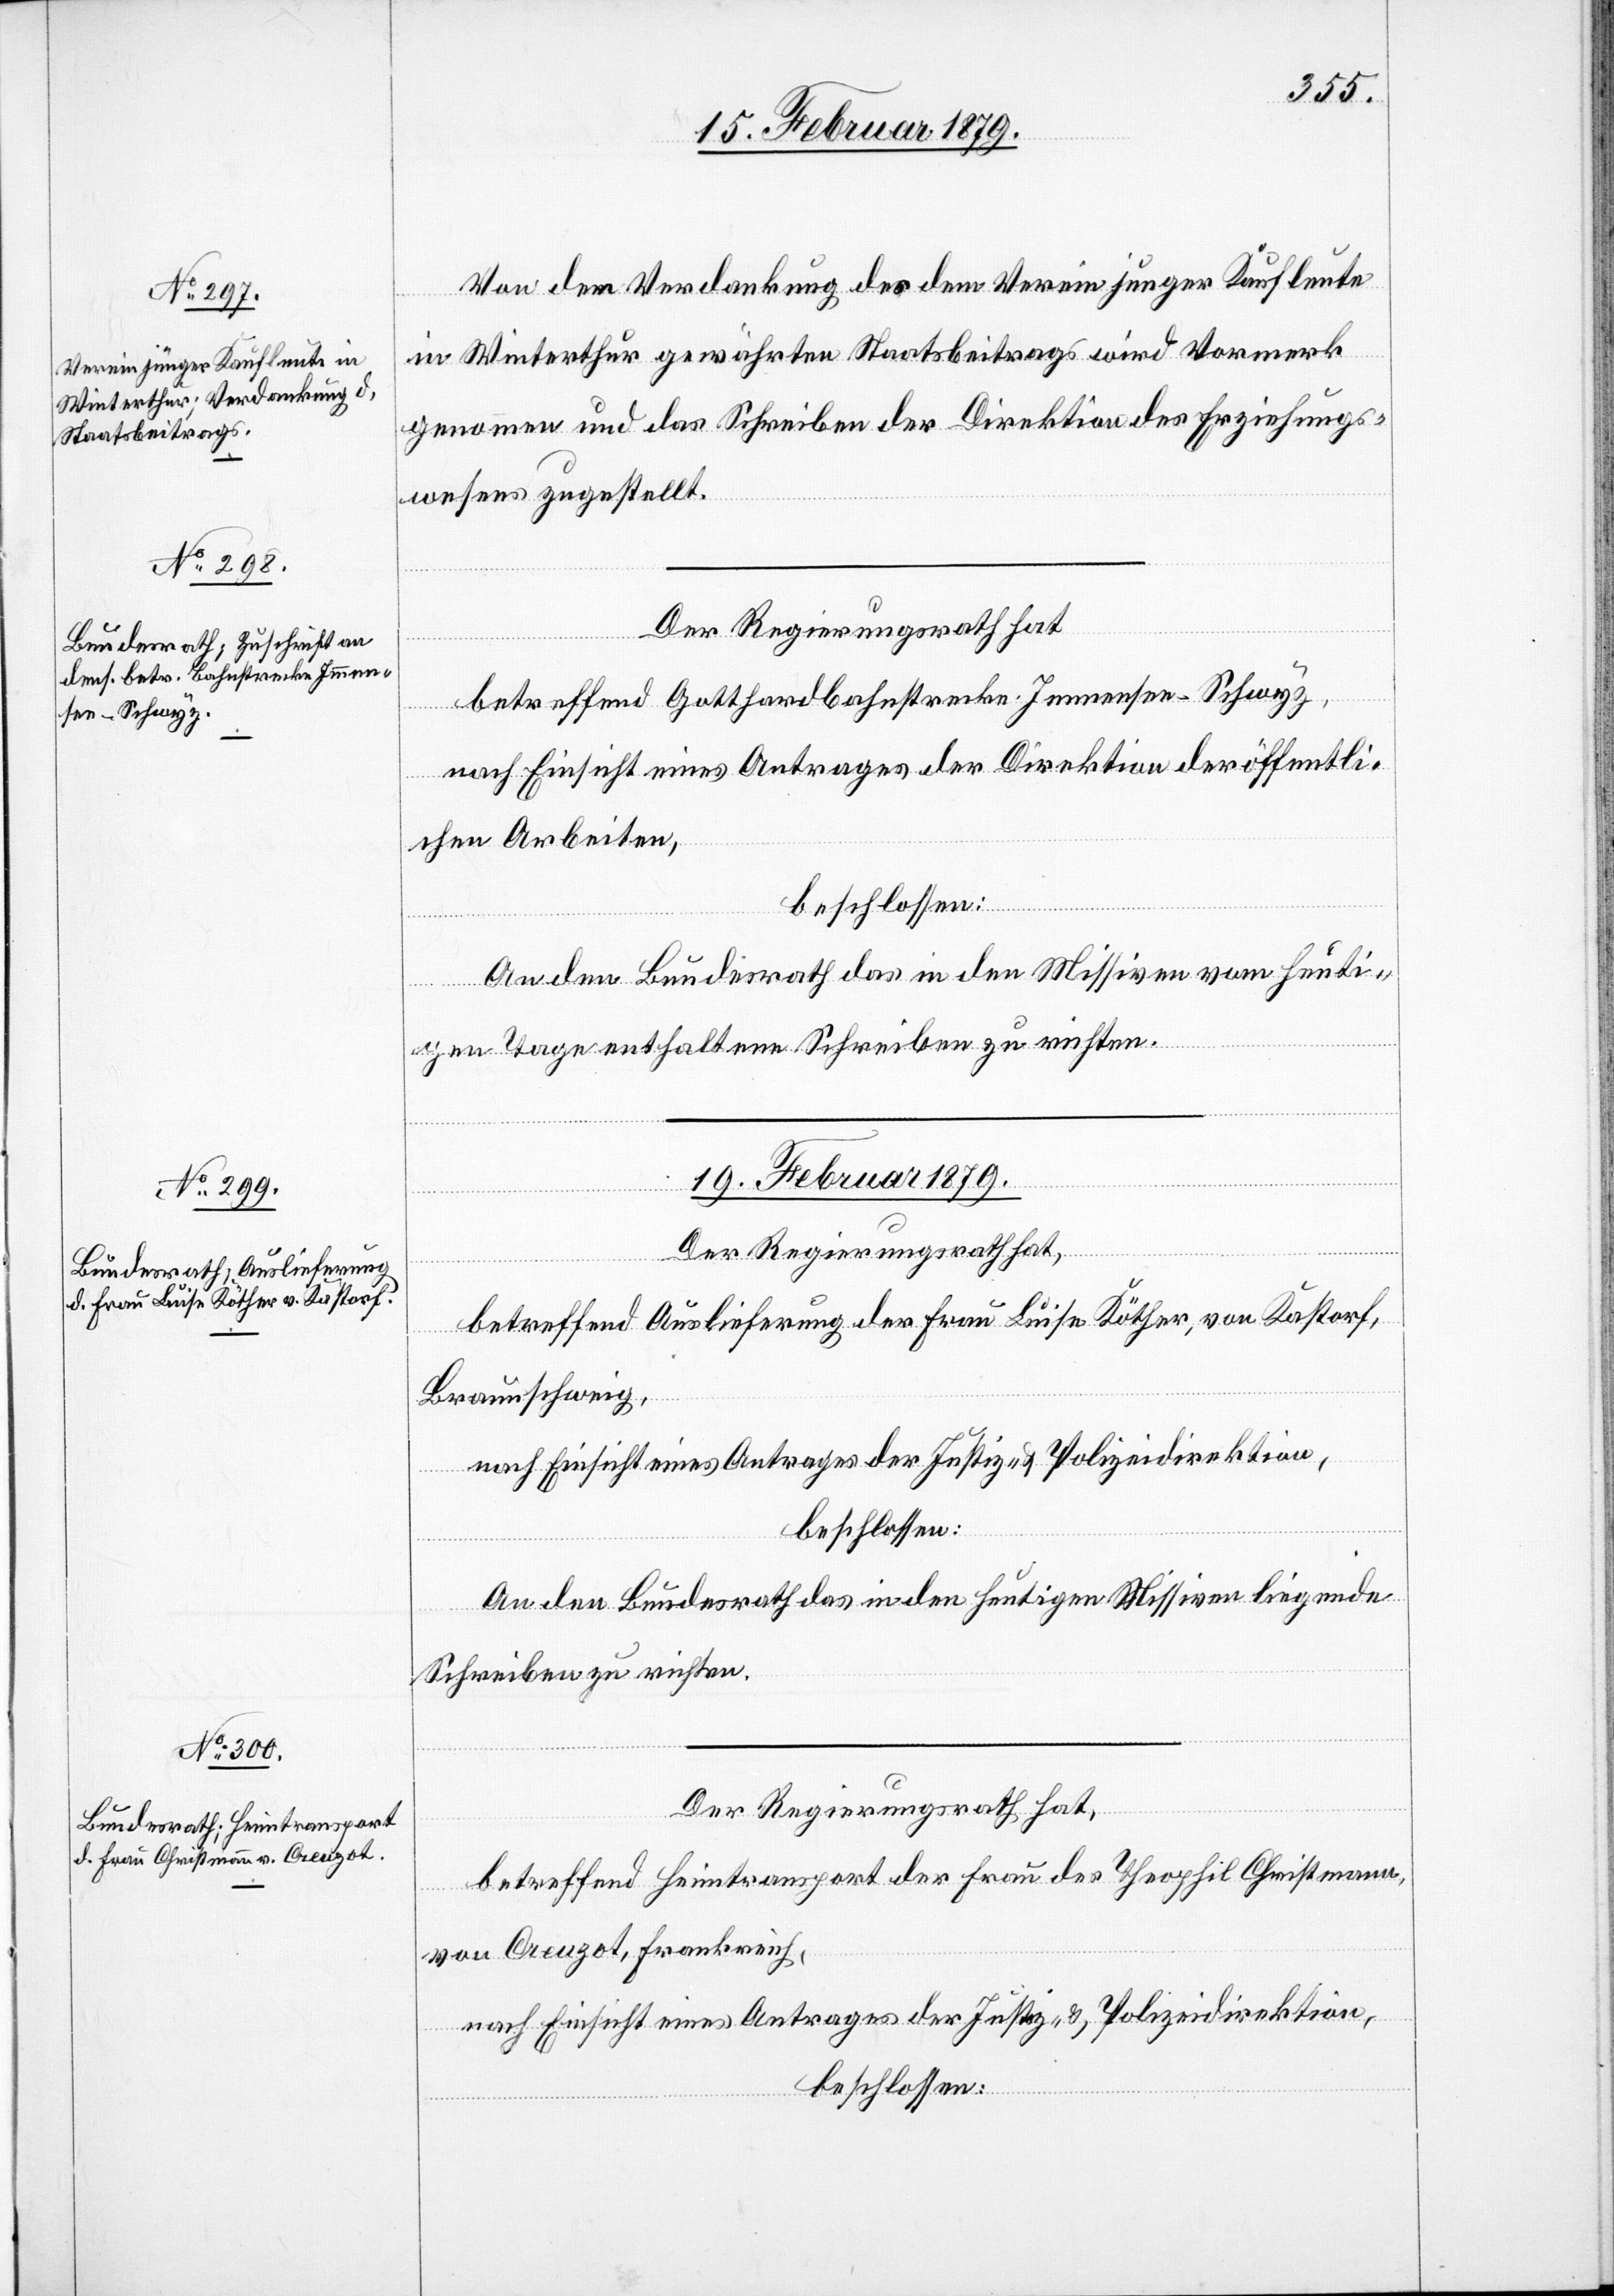
17. Februar 1879.]
Von der Verdankung des dem Verein junger Kaufleute
in Winterthur gewährten Staatsbeitrags wird Vormerk
genommen und das Schreiben der Direktion des Erziehungs¬
wesens zugestellt.
Der Regierungsrath hat
betreffend Gotthardbahnstrecke Immensee–Schwyz,
nach Einsicht eines Antrages der Direktion der öffentli¬
chen Arbeiten,
beschlossen:
An den Bundesrath das in den Missiven vom heuti¬
gen Tage enthaltene Schreiben zu richten.
19. Februar 1879.]
Der Regierungsrath hat,
betreffend Auslieferung der Frau Luise Köther, von Kastorf,
Braunschweig,
nach Einsicht eines Antrages der Justiz- & Polizeidirektion,
beschlossen:
An den Bundesrath das in den heutigen Missiven liegende
Schreiben zu richten.
Der Regierungsrath hat,
betreffend Heimtransport der Frau des Theophil Christmann,
von Creuzot, Frankreich,
nach Einsicht eines Antrages der Justiz- & Polizeidirektion,
beschlossen: